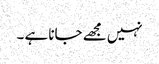
نہیں مجھے جانا ہے ۔